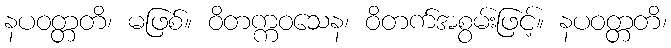
နပဝတ္တတိ၊ မဖြစ်။ ဝိတက္ကဝသေန၊ ဝိတက်အစွမ်းဖြင့်။ နပဝတ္တတိ၊